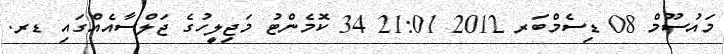
މައުސޫމް 08 ޑިސެމްބަރ 2012 21:01 34 ކޮމެންޓު މަޖިލީހުގެ ޖަލްސާއެއްގައި ޑރ.